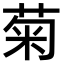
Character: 菊